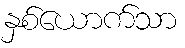
နှစ်ယောက်သာ